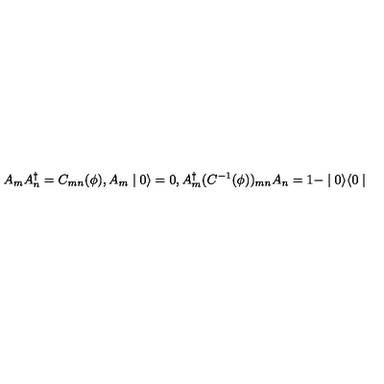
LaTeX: A _ { m } A _ { n } ^ { \dagger } = C _ { m n } ( \phi ) , A _ { m } \mid 0 \rangle = 0 , A _ { m } ^ { \dagger } ( C ^ { - 1 } ( \phi ) ) _ { m n } A _ { n } = 1 - \mid 0 \rangle \langle 0 \mid